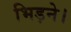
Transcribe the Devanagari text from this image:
भिड़ने।